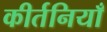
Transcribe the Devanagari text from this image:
कीर्तनियाँ